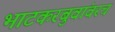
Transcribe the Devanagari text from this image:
भाटकरबुवांवरच